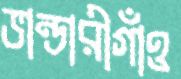
ভান্ডারীগাঁও